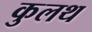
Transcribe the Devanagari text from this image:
कुलथ